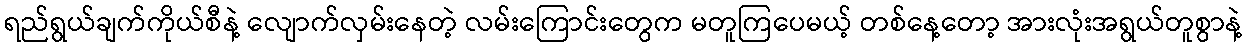
ရည်ရွယ်ချက်ကိုယ်စီနဲ့ လျောက်လှမ်းနေတဲ့ လမ်းကြောင်းတွေက မတူကြပေမယ့် တစ်နေ့တော့ အားလုံးအရွယ်တူစွာနဲ့